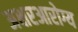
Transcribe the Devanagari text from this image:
अक्षरआरोग्य